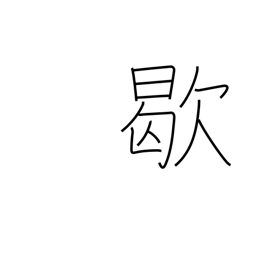
Meaning: out of